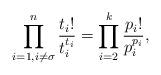
LaTeX: \begin{align*}\prod_{i = 1, i \neq \sigma}^n\frac{t_i!}{t_i^{t_i}} = \prod_{i = 2}^k\frac{p_i!}{p_i^{p_i}},\end{align*}